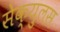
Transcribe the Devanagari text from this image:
सेक्युलस